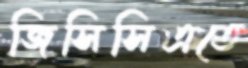
জিসিসিএতে